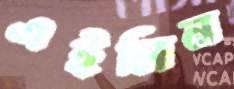
এইলিন